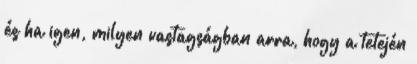
és ha igen, milyen vastagságban arra, hogy a tetején